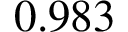
0 . 9 8 3